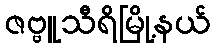
ဇဗ္ဗူသီရိမြို့နယ်